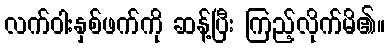
လက်ဝါးနှစ်ဖက်ကို ဆန့်ပြီး ကြည့်လိုက်မိ၏။